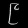
Digit: ၉